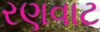
રણવાટ